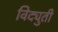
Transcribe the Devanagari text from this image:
विद्युती